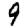
Digit: 9